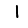
Digit: 1